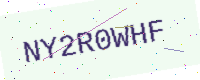
Text: NY2R0WHF